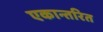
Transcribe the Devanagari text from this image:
एकान्तरित